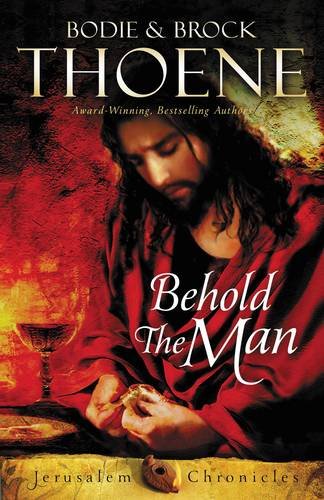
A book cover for Behold the Man (The Jerusalem Chronicles); Bodie and Brock Thoene; Literature & Fiction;